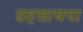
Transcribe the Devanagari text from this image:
ग्रहसाधना